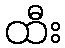
ထီး